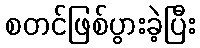
စတင်ဖြစ်ပွားခဲ့ပြီး